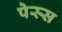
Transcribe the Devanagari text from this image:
पेस्स